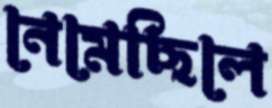
নেমেছিলে